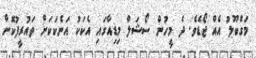
މަގްބޫލު އެއް ޖޯޑެވެ. ދެ މީހުން ސޯޝަލް މިޑިއާގައި އެކަކު އަނެކަކަށް ތައުރީފުކޮށް